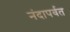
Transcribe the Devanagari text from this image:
नंदापर्वत